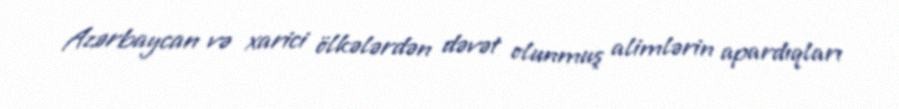
Azərbaycan və xarici ölkələrdən dəvət olunmuş alimlərin apardıqları